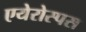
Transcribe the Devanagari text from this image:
एयेरोस्पस